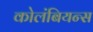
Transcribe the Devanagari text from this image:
कोलंबियन्स